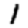
Digit: 1